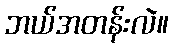
ဘယ်အတန်းလဲ။